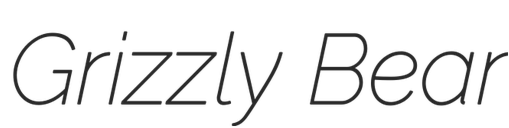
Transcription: Grizzly Bear